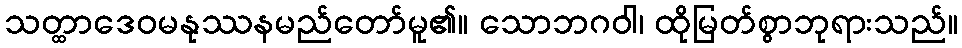
သတ္ထာဒေဝမနုဿနမည်တော်မူ၏။ သောဘဂဝါ၊ ထိုမြတ်စွာဘုရားသည်။